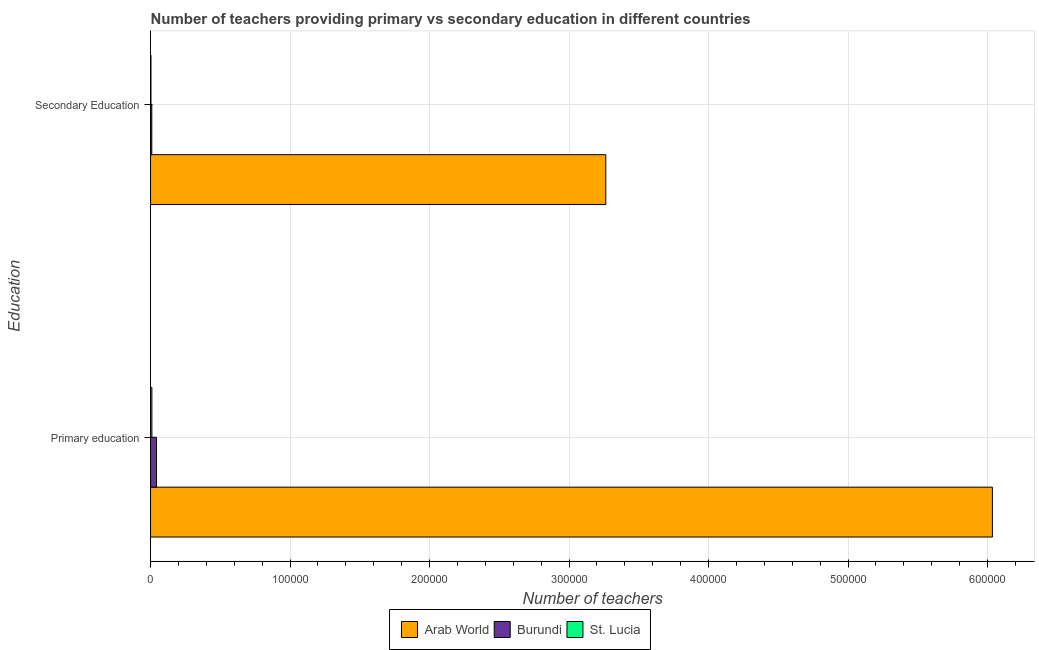
| Education | Arab World | Burundi | St. Lucia |
 | --- | --- | --- | --- |
 | Primary education | 6.03e+05 | 4.24e+03 | 947 |
 | Secondary Education | 3.26e+05 | 877 | 278 |